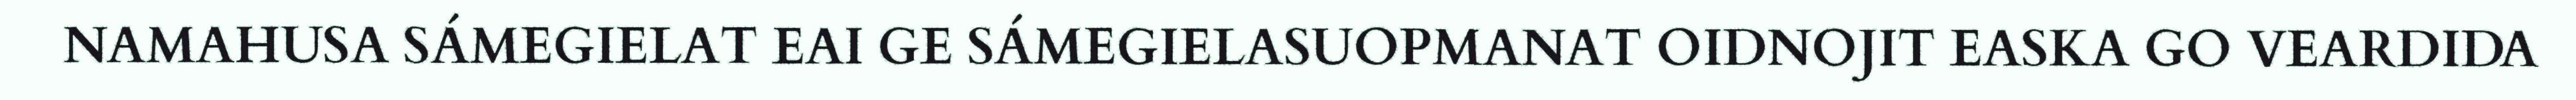
NAMAHUSA SÁMEGIELAT EAI GE SÁMEGIELASUOPMANAT OIDNOJIT EASKA GO VEARDIDA